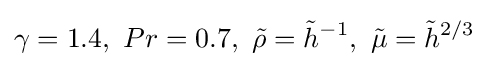
\gamma =1.4,\ Pr=0.7,\ {\tilde {\rho }}={\tilde {h}}^{-1},\ {\tilde {\mu }}={\tilde {h}}^{2/3}